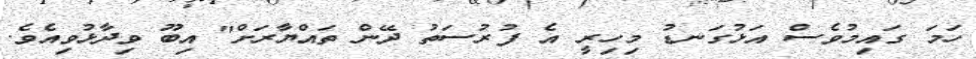
ހަމަ ގައިމުވެސް އަޅުގަނޑު މިހިިރީ އެ ފުރުސަތު ދޭން ތައްޔާރަށް" އިބޫ ވިދާޅުވިއެވެ.